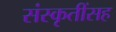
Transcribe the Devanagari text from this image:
संस्कृतींसह